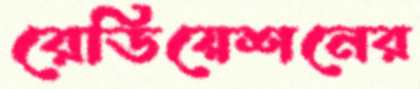
রেডিয়েশনের